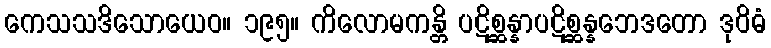
ကေသသဒိသောယေဝ။ ၁၉၅။ ကိလောမကန္တိ ပဋိစ္ဆန္နာပဋိစ္ဆန္နဘေဒတော ဒုဝိဓံ